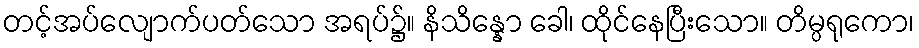
တင့်အပ်လျောက်ပတ်သော အရပ်၌။ နိသိန္နော ခေါ၊ ထိုင်နေပြီးသော။ တိမ္ပရုကော၊